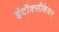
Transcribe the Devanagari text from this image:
इंटॉक्सीकेशन